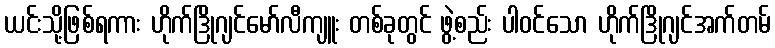
ယင်းသို့ဖြစ်ရကား ဟိုက်ဒြိုဂျင်မော်လီကျူး တစ်ခုတွင် ဖွဲ့စည်း ပါဝင်သော ဟိုက်ဒြိုဂျင်အက်တမ်